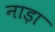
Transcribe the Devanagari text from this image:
नाड़ा